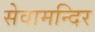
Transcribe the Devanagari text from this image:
सेवामन्दिर